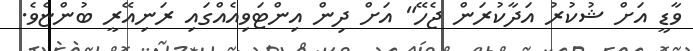
ވާޑީ އަށް ޝުކުރު އަދާކުރަން ޖެހޭ" އަށް ދިން އިންޓަވިއެއްގައި ރަނިއޭރީ ބުންޏެވެ.